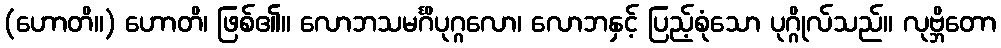
(ဟောတိ။) ဟောတိ၊ ဖြစ်၏။ လောဘသမင်္ဂိပုဂ္ဂလော၊ လောဘနှင့် ပြည့်စုံသော ပုဂ္ဂိုလ်သည်။ လုဗ္ဘိတော